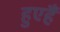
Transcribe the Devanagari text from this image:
हुएहैं